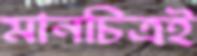
মানচিত্রই